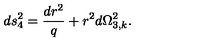
d s _ { 4 } ^ { 2 } = \frac { d r ^ { 2 } } { q } + r ^ { 2 } d \Omega _ { 3 , k } ^ { 2 } .